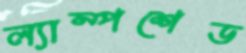
ল্যাম্পশেড